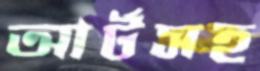
আর্টসহ